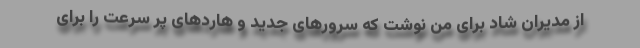
از مدیران شاد برای من نوشت که سرورهای جدید و هاردهای پر سرعت را برای